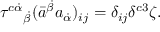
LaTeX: \tau ^ { c \dot { \alpha } } { } _ { \dot { \beta } } ( \bar { a } ^ { \dot { \beta } } a _ { \dot { \alpha } } ) _ { i j } = \delta _ { i j } \delta ^ { c 3 } \zeta .